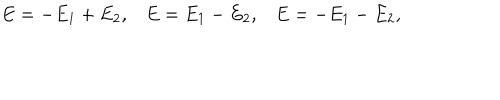
LaTeX: \begin{array} { l l l } { { E = - E _ { 1 } + E _ { 2 } , } } & { { E = E _ { 1 } - E _ { 2 } , } } & { { E = - E _ { 1 } - E _ { 2 } , } } \\ \end{array}